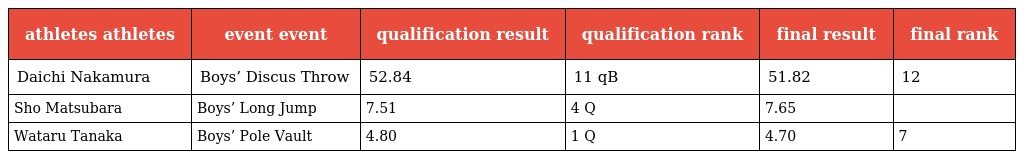
| athletes athletes | event event | qualification result | qualification rank | final result | final rank |
 | --- | --- | --- | --- | --- | --- |
 | Daichi Nakamura | Boys’ Discus Throw | 52.84 | 11 qB | 51.82 | 12 |
 | Sho Matsubara | Boys’ Long Jump | 7.51 | 4 Q | 7.65 |  |
 | Wataru Tanaka | Boys’ Pole Vault | 4.80 | 1 Q | 4.70 | 7 |